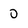
Character: 0